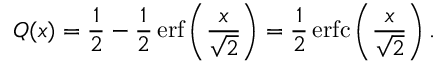
Q ( x ) = { \frac { 1 } { 2 } } - { \frac { 1 } { 2 } } \operatorname { e r f } \left( { \frac { x } { \sqrt { 2 } } } \right) = { \frac { 1 } { 2 } } \operatorname { e r f c } \left( { \frac { x } { \sqrt { 2 } } } \right) .